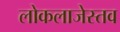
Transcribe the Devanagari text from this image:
लोकलाजेस्तव